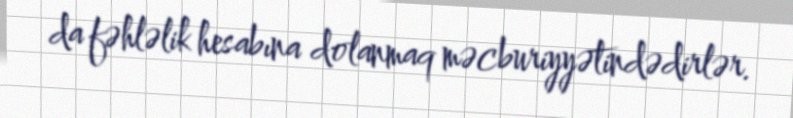
da fəhləlik hesabına dolanmaq məcburiyyətindədirlər.